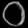
Digit: ၀